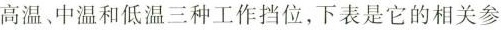
高温、中温和低温三种工作挡位，下表是它的相关参